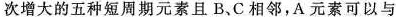
次增大的五种短周期元素且B、C相邻，A元素可以与